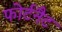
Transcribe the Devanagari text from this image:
फोर्टनैट